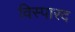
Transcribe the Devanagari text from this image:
विस्पारद